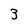
Character: 3